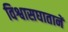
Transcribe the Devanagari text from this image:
विश्वासघातानें